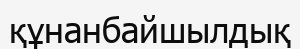
құнанбайшылдық